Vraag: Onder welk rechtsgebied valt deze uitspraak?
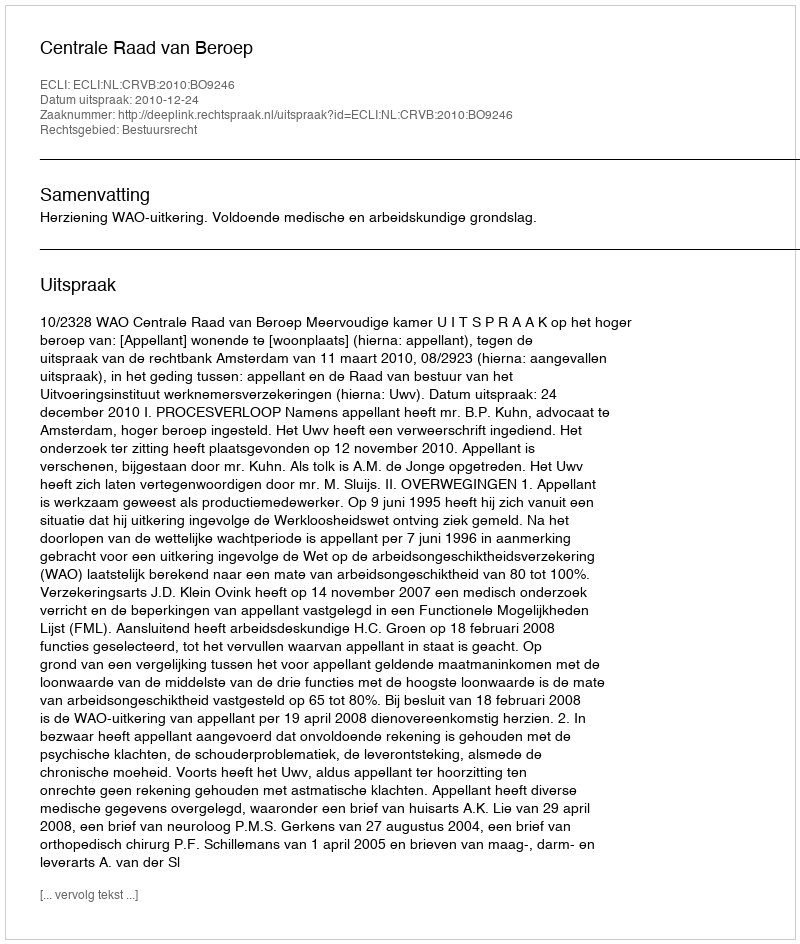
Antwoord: Bestuursrecht